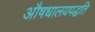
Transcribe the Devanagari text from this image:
औषधालयपद्धति